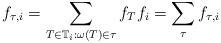
LaTeX: \begin{align*}f_{\tau,i} = \sum_{T \in \mathbb T_i : \omega(T) \in \tau} f_{T} f_i = \sum_{\tau} f_{\tau,i}\end{align*}